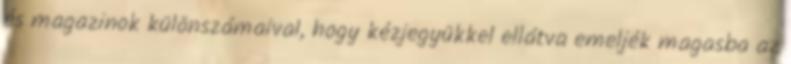
és magazinok különszámaival, hogy kézjegyükkel ellátva emeljék magasba az